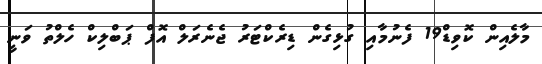
މާލެއިން ކޮވިޑް19 ފެނުމާއި ގުޅިގެން ޑިރެކްޓަރު ޖެނެރަލް އޮފް ޕަބްލިކް ހެލްތު ވަނީ